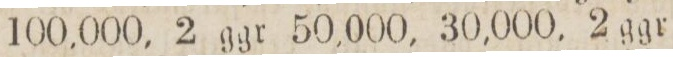
100,000, 2 ggr 50,000, 30,000, 2 ggr